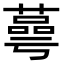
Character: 蕚